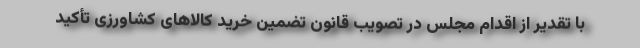
با تقدیر از اقدام مجلس در تصویب قانون تضمین خرید کالاهای کشاورزی تأکید